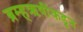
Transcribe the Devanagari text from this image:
ब्रम्हऋषींकडून